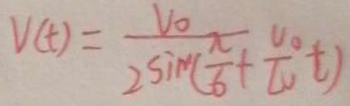
V ( t ) = \frac { V _ { 0 } } { 2 \sin ( \frac { \pi } { 6 } + \frac { v _ { 0 } } { v o } t ) }